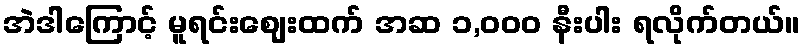
အဲဒါကြောင့် မူရင်းဈေးထက် အဆ ၁,၀၀၀ နီးပါး ရလိုက်တယ်။